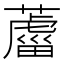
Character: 𦿊